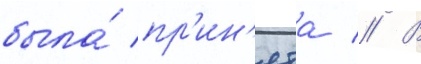
была́ пр'ин'ята // В